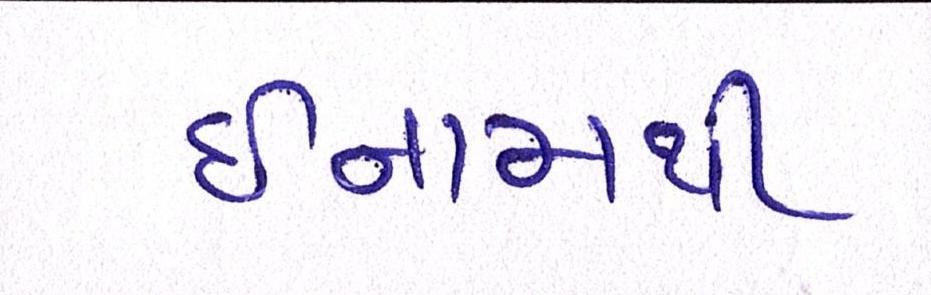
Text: ઈનામથી